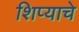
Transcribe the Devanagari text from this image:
शिप्याचे